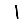
Digit: 1